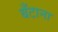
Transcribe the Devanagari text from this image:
बँटाना